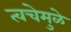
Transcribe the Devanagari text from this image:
त्वचेमुळे